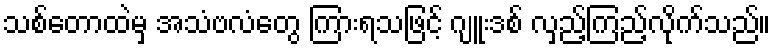
သစ်တောထဲမှ အသံဗလံတွေ ကြားရသဖြင့် ဂျူးဒစ် လှည့်ကြည့်လိုက်သည်။